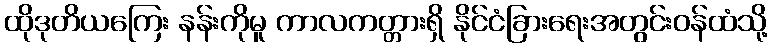
ထိုဒုတိယကြေး နန်းကိုမူ ကာလကတ္တားရှိ နိုင်ငံခြားရေးအတွင်းဝန်ထံသို့